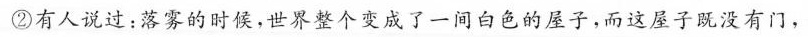
②有人说过：落雾的时候，世界整个变成了一间白色的屋子，而这屋子既没有门，